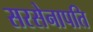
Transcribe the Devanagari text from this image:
सरसेनापति